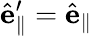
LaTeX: \hat{\mathbf{e}}_{\parallel}^{\prime}=\hat{\mathbf{e}}_{\parallel}